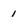
Character: 1